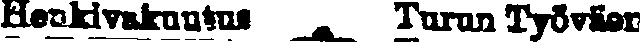
Henkivakuutus Turun Työväen